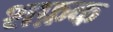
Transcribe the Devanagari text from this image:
शफ़क